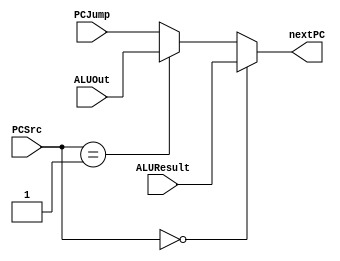
`timescale 1ns / 1ps
module PCNext(
   PCSrc, ALUResult, ALUOut, PCJump, nextPC
);
parameter WIDTH = 32;

input [1:0] PCSrc;
input [WIDTH-1:0] ALUResult, ALUOut, PCJump;
output [WIDTH-1:0] nextPC;
assign nextPC = PCSrc == 0 ? ALUResult : PCSrc == 1 ? ALUOut : PCJump;

endmodule